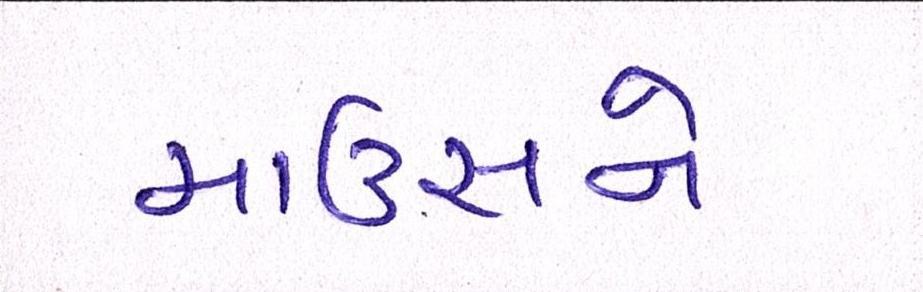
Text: માઉસને